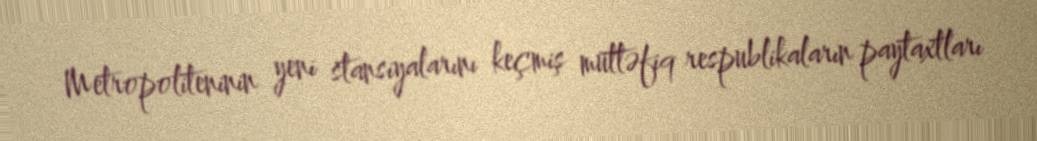
Metropoliteninin yeni stansiyalarını keçmiş müttəfiq respublikaların paytaxtları